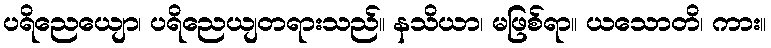
ပရိညေယျော၊ ပရိညေယျတရားသည်။ နသိယာ၊ မဖြစ်ရာ။ ယသောတိ၊ ကား။